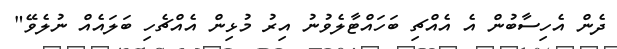
ދެން އެހިސާބުން އެ އެއްޗި ބަހައްޓާލެވުނު އިރު މުޅިން އެއްޗެހި ބަލައެއް ނުލެވޭ"